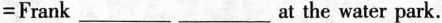
=Frank__ __at the water park.